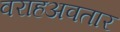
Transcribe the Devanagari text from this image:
वराहअवतार